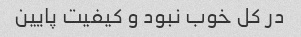
در کل خوب نبود و کیفیت پایین